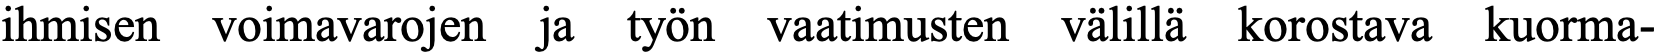
ihmisen voimavarojen ja työn vaatimusten välillä korostava kuorma-